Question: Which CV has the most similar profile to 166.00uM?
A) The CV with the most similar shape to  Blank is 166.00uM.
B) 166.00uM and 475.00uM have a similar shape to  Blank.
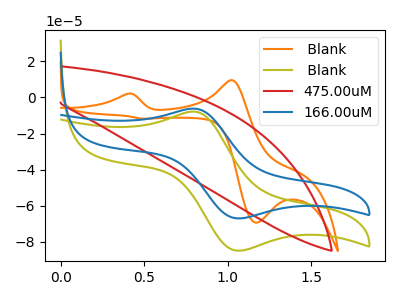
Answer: <think>The orange curve " Blank" has anodic peaks at (0.40V, 2.05uA) (1.05V, 9.55uA) and cathodic peaks at (1.15V, -69.35uA) (0.50V, -11.80uA). The olive curve " Blank" has an anodic peak at (0.80V, -7.85uA) and a cathodic peak at (1.05V, -84.80uA). The red curve "475.00uM" has no peaks. The blue curve "166.00uM" has an anodic peak at (0.80V, -6.20uA) and a cathodic peak at (1.05V, -66.95uA).
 " Blank" and " Blank" have a different number of peaks. " Blank" and "475.00uM" have a different number of peaks. " Blank" and "166.00uM" have a different number of peaks. " Blank" and "475.00uM" have a different number of peaks. All the peaks in " Blank" have a peak in "166.00uM" at the same potential. "475.00uM" and "166.00uM" have a different number of peaks.</think>
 <answer>A) The CV with the most similar shape to " Blank" is "166.00uM".</answer>
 <eval>A</eval>